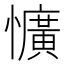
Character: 懭